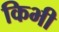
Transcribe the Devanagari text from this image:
किभी